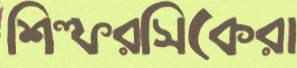
শিল্পরসিকেরা